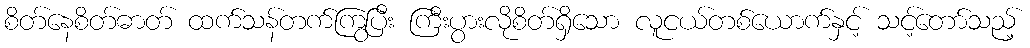
စိတ်နေစိတ်ဓာတ် ထက်သန်တက်ကြွပြီး ကြီးပွားလိုစိတ်ရှိသော လူငယ်တစ်ယောက်နှင့် သင့်တော်သည့်